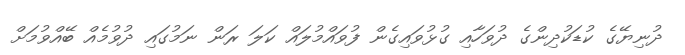
ދުނިޔޭގެ ކުޑަކުދިންގެ ދުވަހާއި ގުޅުވައިގެން ފުވައްމުލައް ކަލަ ރަން ނަމުގައި ދުވުމެއް ބޭއްވުމަށް